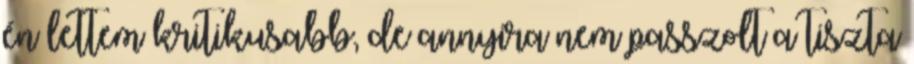
én lettem kritikusabb, de annyira nem passzolt a tiszta